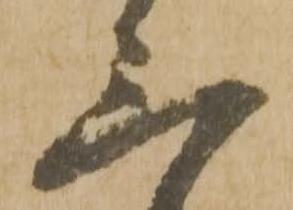
三